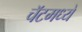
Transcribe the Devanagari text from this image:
चॅटमध्ये